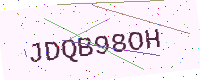
Text: JDQB98OH